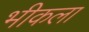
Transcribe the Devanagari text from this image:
भीकला